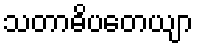
သတာဓိပတေယျာ